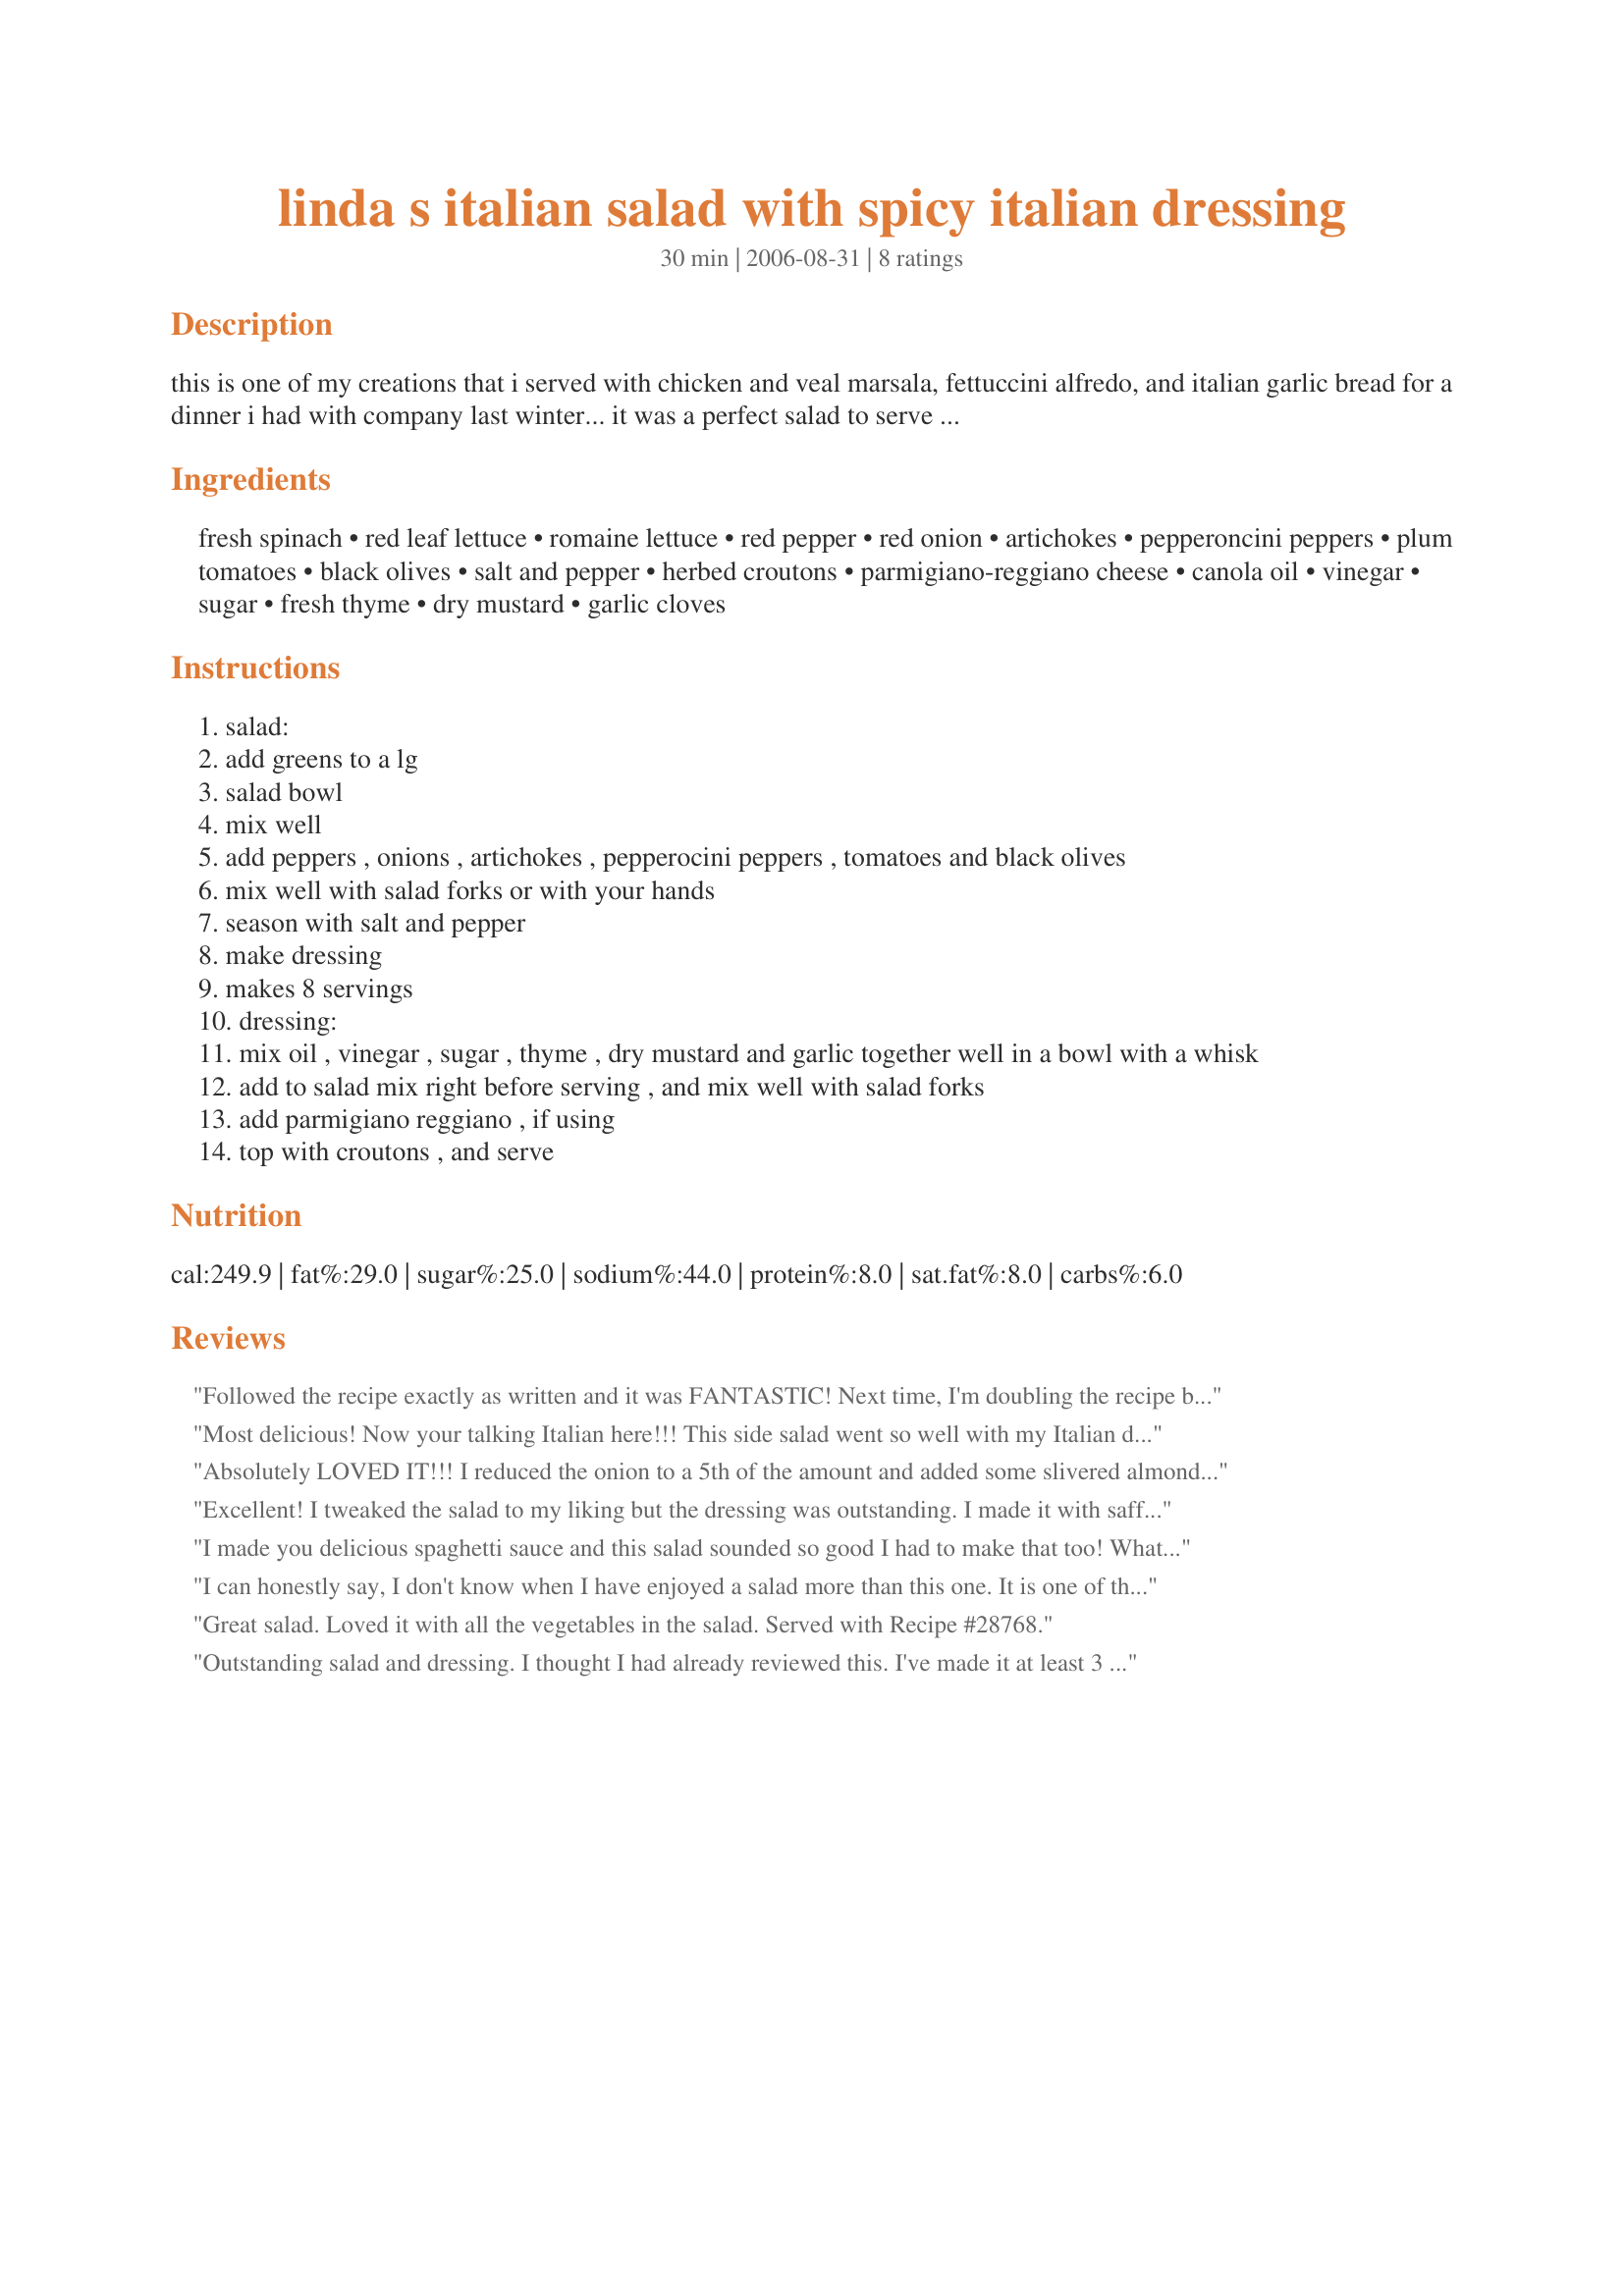
linda s italian salad with spicy italian dressing
Preparation time: 30 minutes

this is one of my creations that i served with chicken and veal marsala, fettuccini alfredo, and italian garlic bread for a dinner i had with company last winter... it was a perfect salad to serve with my special italian dinner!

Ingredients:
fresh spinach, red leaf lettuce, romaine lettuce, red pepper, red onion, artichokes, pepperoncini peppers, plum tomatoes, black olives, salt and pepper, herbed croutons, parmigiano-reggiano cheese, canola oil, vinegar, sugar, fresh thyme, dry mustard, garlic cloves

Steps:
salad:
add greens to a lg
salad bowl
mix well
add peppers , onions , artichokes , pepperocini peppers , tomatoes and black olives
mix well with salad forks or with your hands
season with salt and pepper
make dressing
makes 8 servings
dressing:
mix oil , vinegar , sugar , thyme , dry mustard and garlic together well in a bowl with a whisk
add to salad mix right before serving , and mix well with salad forks
add parmigiano reggiano , if using
top with croutons , and serve

Reviews:
Followed the recipe exactly as written and it was FANTASTIC! Next time, I'm doubling the recipe because we all go back for seconds, thirds...
Most delicious! Now your talking Italian here!!! This side salad went so well with my Italian dinner that I made for DS and his girlfriend. We enjoyed every bite. We all agreed it is one of the best salads we have ever had, and it went especially well with our pasta. I loved the addition of the pepperoncini's and artichokes. This is a keeper and is now in my favorite recipe file!
Absolutely LOVED IT!!! 
I reduced the onion to a 5th of the amount and added some slivered almonds (request from the birthday son). It was a huge hit at dinner.... and later when the leftovers went home with them. They all want your recipe now. This is definitely one of my new favorites!
Excellent! I tweaked the salad to my liking but the dressing was outstanding. I made it with safflower oil and champagne vinegar for a semi-gourmet salad course. Thank you.
I made you delicious spaghetti sauce and this salad sounded so good I had to make that too! What a great mix of flavors from these awesome ingredients! I will be making my salads like this from now on. It brings it to a whole new level for us. Another winner Linda!
I can honestly say, I don't know when I have enjoyed a salad more than this one. It is one of the most flavorful salads that I have ever eaten. My DH went for seconds and ate every last leaf in the bowl!! This will be enjoyed many more times and I have given the recipe out to a couple of my friends and my family as well. A true treasure if you are a salad lover like me!!!
Great salad. Loved it with all the vegetables in the salad. Served with Recipe #28768.
Outstanding salad and dressing. I thought I had already reviewed this. I've made it at least 3 times and love love love it. I did use balsamic vinegar, but plan to also try it with the white. I served it with filet mignon and a sweet pasta salad. Thank you so much for sharing!
